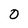
Character: O